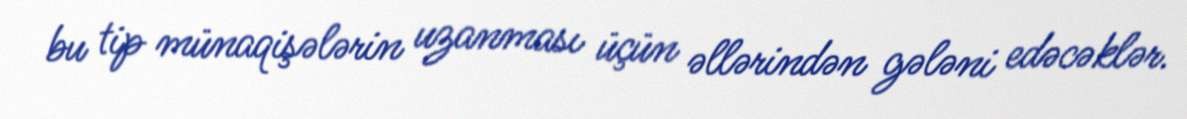
bu tip münaqişələrin uzanması üçün əllərindən gələni edəcəklər.